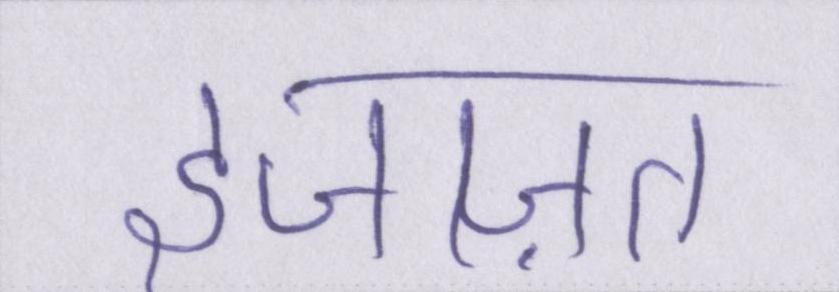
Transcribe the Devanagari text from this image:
इजाज़त